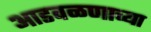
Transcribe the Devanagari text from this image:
आडवळणाच्या